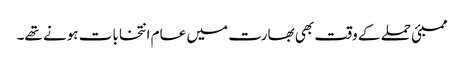
ممبئی حملے کے وقت بھی بھارت میں عام انتخابات ہونے تھے۔